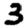
Digit: 3